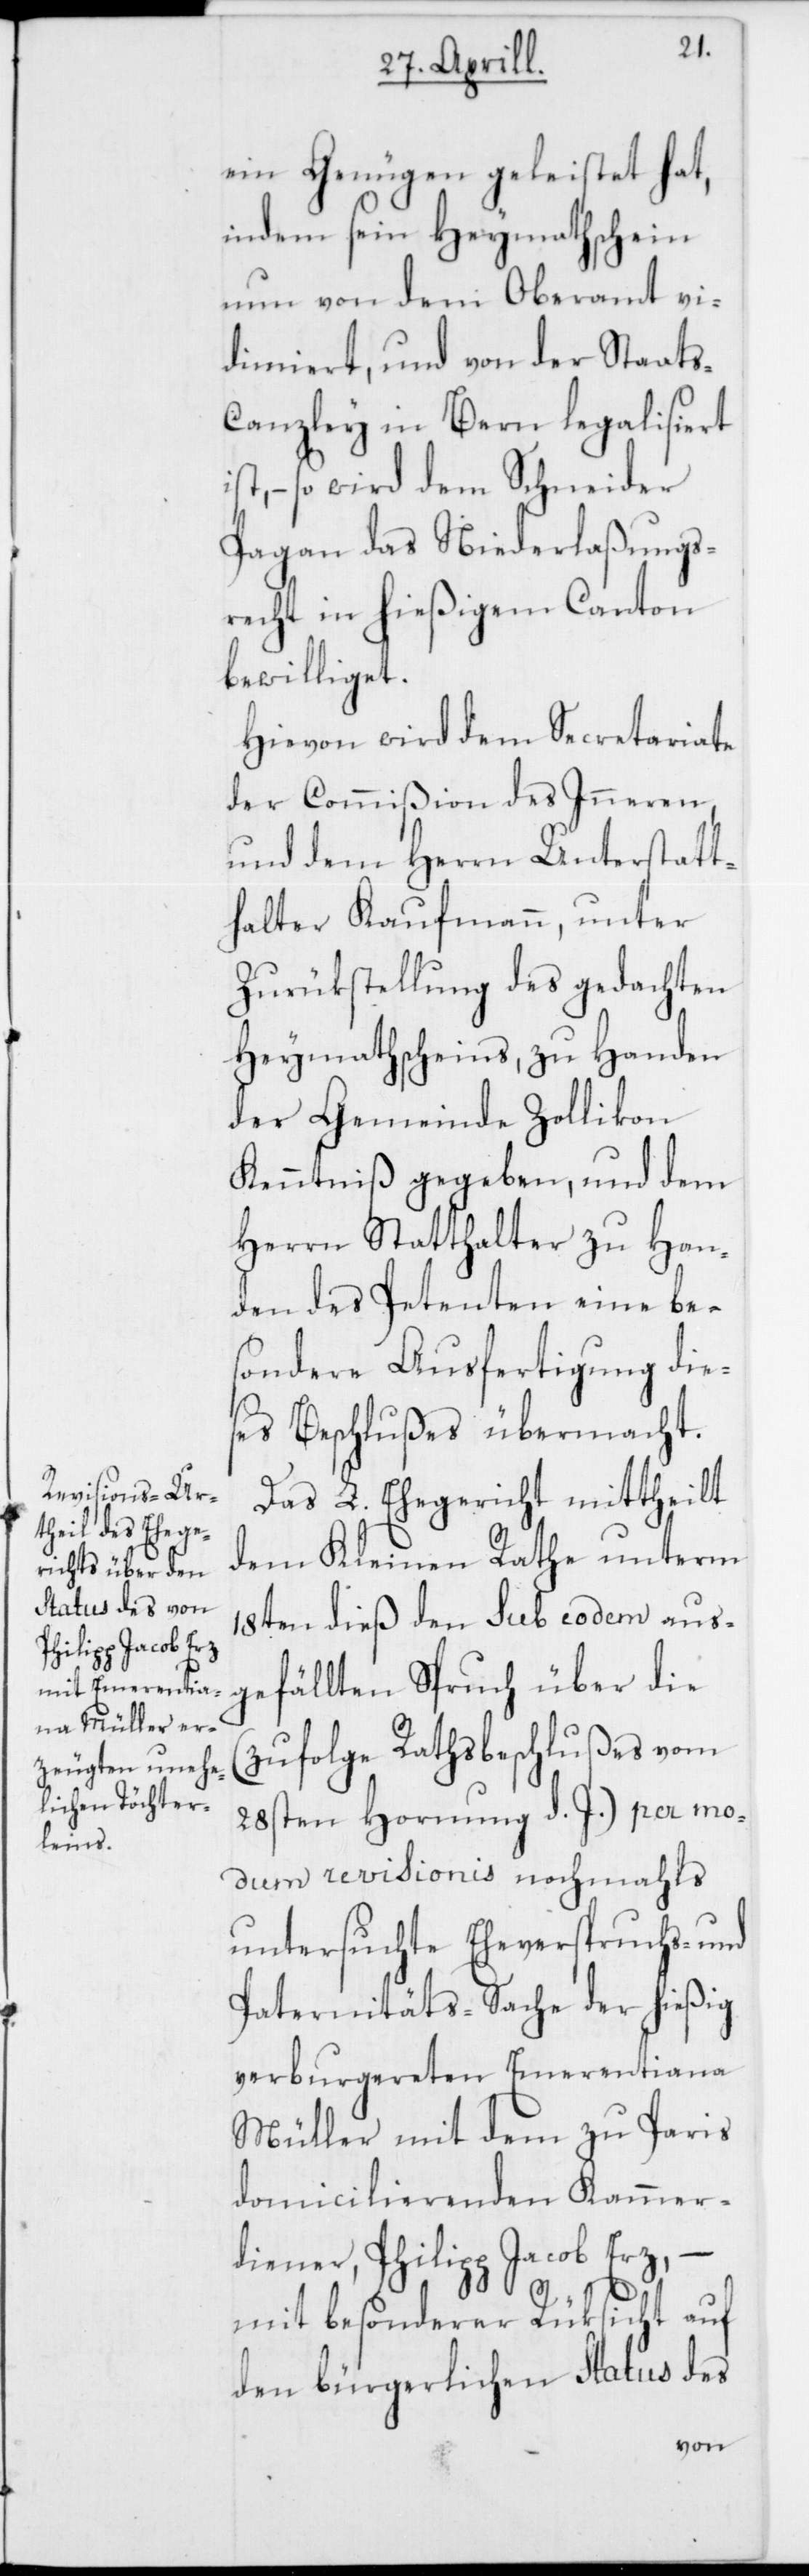
ein Genügen geleistet hat,
indem sein Heymathschein
nun von dem Oberamt vi¬
dimiert, und von der Staat¬
s-Canzley in Bern legalisiert
st, – so wird dem Schneider
Pagan das Niederlaßungs¬
recht in hießigem Canton
bewilliget.
Hievon wird dem Secretariate
der Commißion des Inneren,
und dem Herrn Unterstatt¬
halter Kaufmann, unter
Zurükstellung des gedachten
Heymathscheins, zu Handen
der Gemeinde Zollikon
Kenntniß gegeben, und dem
Herrn Statthalter zu Han¬
den des Petenten eine be¬
sondere Ausfertigung dies¬
es Beschlußes übermacht.
Das L. Ehegericht mittheilt
dem Kleinen Rathe unterm
18ten dieß den sub eodem aus¬
gefällten Spruch über die
(zufolge Rathsbeschlußes vom
28sten Hornung d. J.) per mo¬
dum revisionis nochmahls
untersuchte Eheverspruchs- und
Paternitäts-Sache der hießig
verburgereten Emerentiana
Müller mit dem zu Paris
domicilierenden Kammer¬
diener, Philipp Jacob Erz,
–
mit besonderer Rüksicht auf
den bürgerlichen Status des